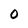
Character: 0